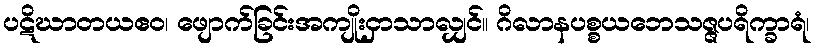
ပဋိဃာတယဧဝ၊ ဖျောက်ခြင်းအကျိုးငှာသာလျှင်။ ဂိလာနပစ္စယဘေသဇ္ဇပရိက္ခာရံ၊